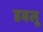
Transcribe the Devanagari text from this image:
डबलू